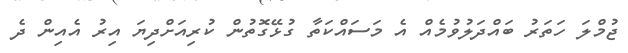
ޖުމްލަ ހަތަރު ބައްދަލުވުމެއް އެ މަސައްކަތާ ގުޅޭގޮތުން ކުރިއަށްދިޔަ އިރު އެއިން ދެ